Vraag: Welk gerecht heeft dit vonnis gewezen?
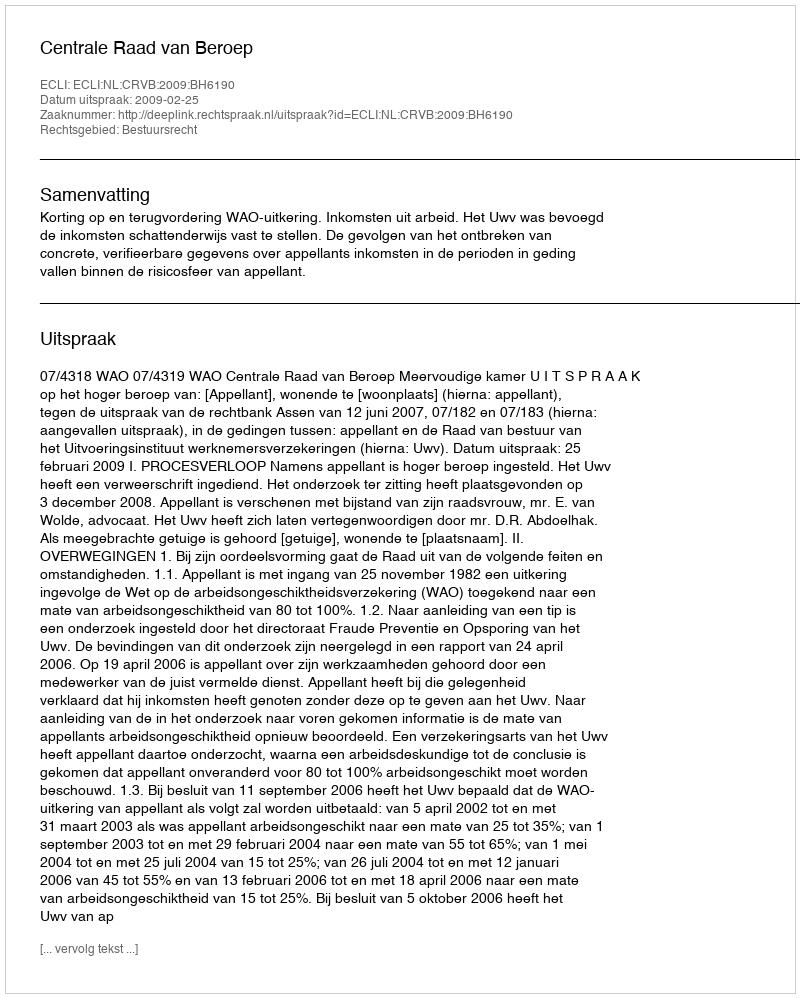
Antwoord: Centrale Raad van Beroep